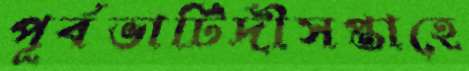
পূর্বভাটিদীসপ্তাহে